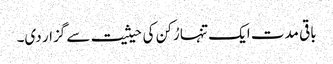
باقی مدت ایک تنہا رُکن کی حیثیت سے گزار دی۔